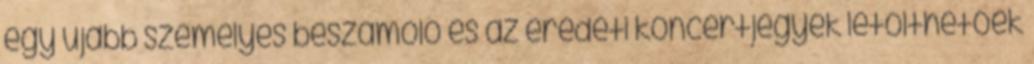
egy újabb személyes beszámoló és az eredeti koncertjegyek letölthetőek